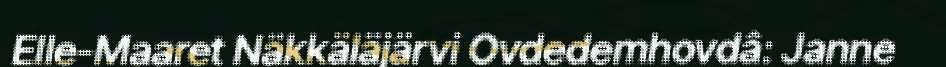
Elle-Maaret Näkkäläjärvi Ovdedemhovdâ: Janne